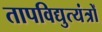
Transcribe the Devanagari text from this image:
तापविद्युत्यंत्रों